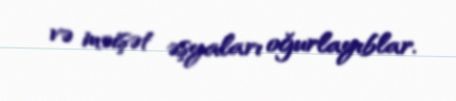
və məişət əşyaları oğurlayıblar.